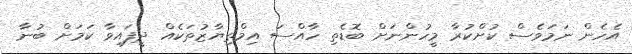
އެހެން ނަމަވެސް ކުށްކުރާ މީހުންނަށް ބޮޑެތި ހާއްސަ އިމްތިޔާޒުތަކެއް ދީފައިވާ ކަމަށް ބުނާ